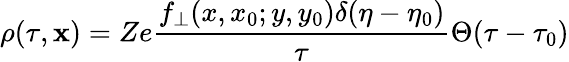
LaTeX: \rho(\tau,\mathbf{x})=Ze\frac{f_{\bot}(x,x_{0};y,y_{0})\delta(\eta-\eta_{0})}{\tau}\Theta(\tau-\tau_{0})